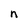
Character: n